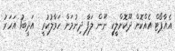
އެއާޕޯޓް އެއްކޮށް ދޫކޮށްލީކީ ނޫން ލަފާ ދިނުމަށް ހަވާލުކުރީ  އަދީބު1 އަހަރު